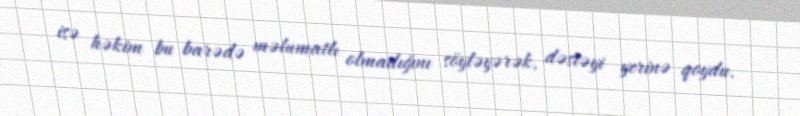
isə həkim bu barədə məlumatlı olmadığını söyləyərək, dəstəyi yerinə qoydu.